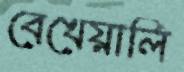
বেখেয়ালি